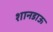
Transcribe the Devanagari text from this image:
शानडाऊ